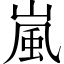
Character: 嵐